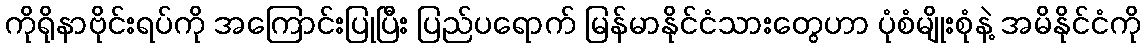
ကိုရိုနာဗိုင်းရပ်ကို အကြောင်းပြုပြီး ပြည်ပရောက် မြန်မာနိုင်ငံသားတွေဟာ ပုံစံမျိုးစုံနဲ့ အမိနိုင်ငံကို